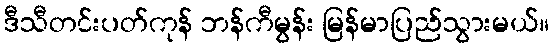
ဒီသီတင်းပတ်ကုန် ဘန်ကီမွန်း မြန်မာပြည်သွားမယ်။